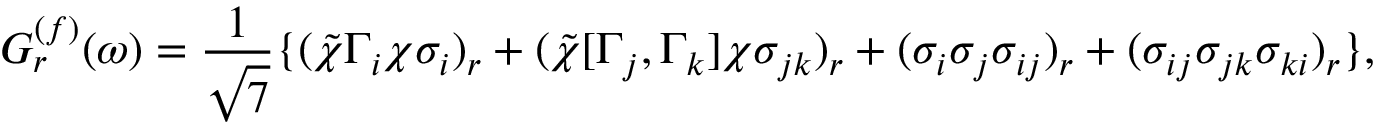
G _ { r } ^ { ( f ) } ( \omega ) = \frac { 1 } { \sqrt { 7 } } \{ ( \tilde { \chi } \Gamma _ { i } \chi \sigma _ { i } ) _ { r } + ( \tilde { \chi } [ \Gamma _ { j } , \Gamma _ { k } ] \chi \sigma _ { j k } ) _ { r } + ( \sigma _ { i } \sigma _ { j } \sigma _ { i j } ) _ { r } + ( \sigma _ { i j } \sigma _ { j k } \sigma _ { k i } ) _ { r } \} ,